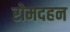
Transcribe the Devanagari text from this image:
रोमदहन